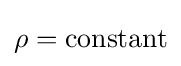
\rho ={\text{constant}}